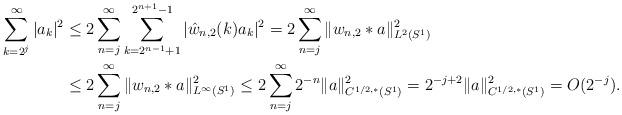
LaTeX: \begin{align*}\sum_{k=2^{j}}^\infty |a_{k}|^2&\leq 2\sum_{n=j}^\infty \sum_{k=2^{n-1}+1}^{2^{n+1}-1}|\hat{w}_{n,2}(k)a_k|^2=2\sum_{n=j}^\infty\|w_{n,2}*a\|_{L^2(S^1)}^2\\&\leq2\sum_{n=j}^\infty\|w_{n,2}*a\|_{L^\infty(S^1)}^2 \leq 2\sum_{n=j}^\infty 2^{-n}\|a\|_{C^{1/2,*}(S^1)}^2=2^{-j+2}\|a\|_{C^{1/2,*}(S^1)}^2=O(2^{-j}).\end{align*}